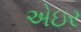
એઇર